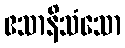
ဧသာနိသံသော